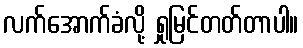
လက်အောက်ခံလို့ ရှုမြင်တတ်တာပါ။